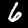
Digit: 6